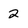
Character: 2